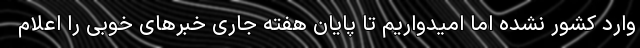
وارد کشور نشده اما امیدواریم تا پایان هفته جاری خبرهای خوبی را اعلام